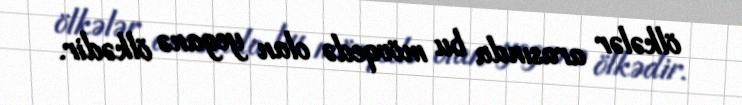
ölkələr arasında bu mövqedə olan yeganə ölkədir.